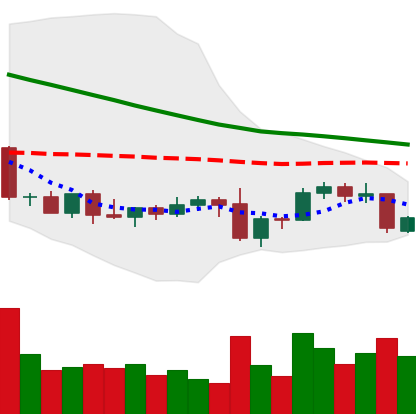
Ticker: DOGE-USD
Chart end date: 2022-09-14
Forward return: -4.187%
Label: down_3_5